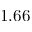
1 . 6 6